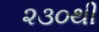
૨૩૦થી